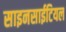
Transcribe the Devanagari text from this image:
साइनसाईटियल